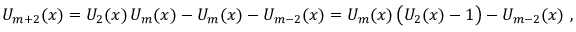
U _ { m + 2 } ( x ) = U _ { 2 } ( x ) \, U _ { m } ( x ) - U _ { m } ( x ) - U _ { m - 2 } ( x ) = U _ { m } ( x ) \, { \big ( } U _ { 2 } ( x ) - 1 { \big ) } - U _ { m - 2 } ( x ) ~ ,